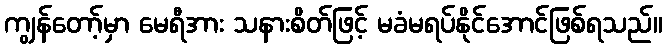
ကျွန်တော့်မှာ မေရီအား သနားစိတ်ဖြင့် မခံမရပ်နိုင်အောင်ဖြစ်ရသည်။